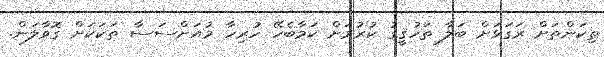
ތިކަންތަށް ރަގަޅަށް ބަލާ ތަހުޤީގު ކުރުމަށް ކަމާބެހޭ ހުރިހާ މުއަށްސަސާ ތަކަކަށް ގޮވާލަން.